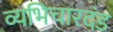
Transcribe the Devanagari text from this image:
व्यभिचारदंड